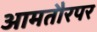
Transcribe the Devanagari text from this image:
आमतौरपर